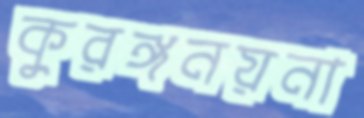
কুরঙ্গনয়না